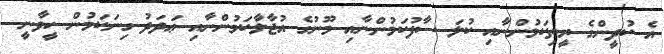
އެ ކުދީންގެ ރީތިކަމުންނާއި ކުލަ ސާފުކަމުންނާއި މޫނުގެ އުޖާލާކަމުންނާއި ޢަދަދު ގިނަކަމުން ހީވާނީ